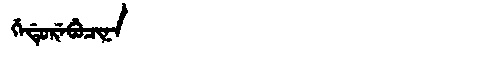
Manchu: ᡤᡝᡩᡠᡵᡝᠪᡠᠴᡳᠨᠠ
Romanization: GEDUREBUCINA